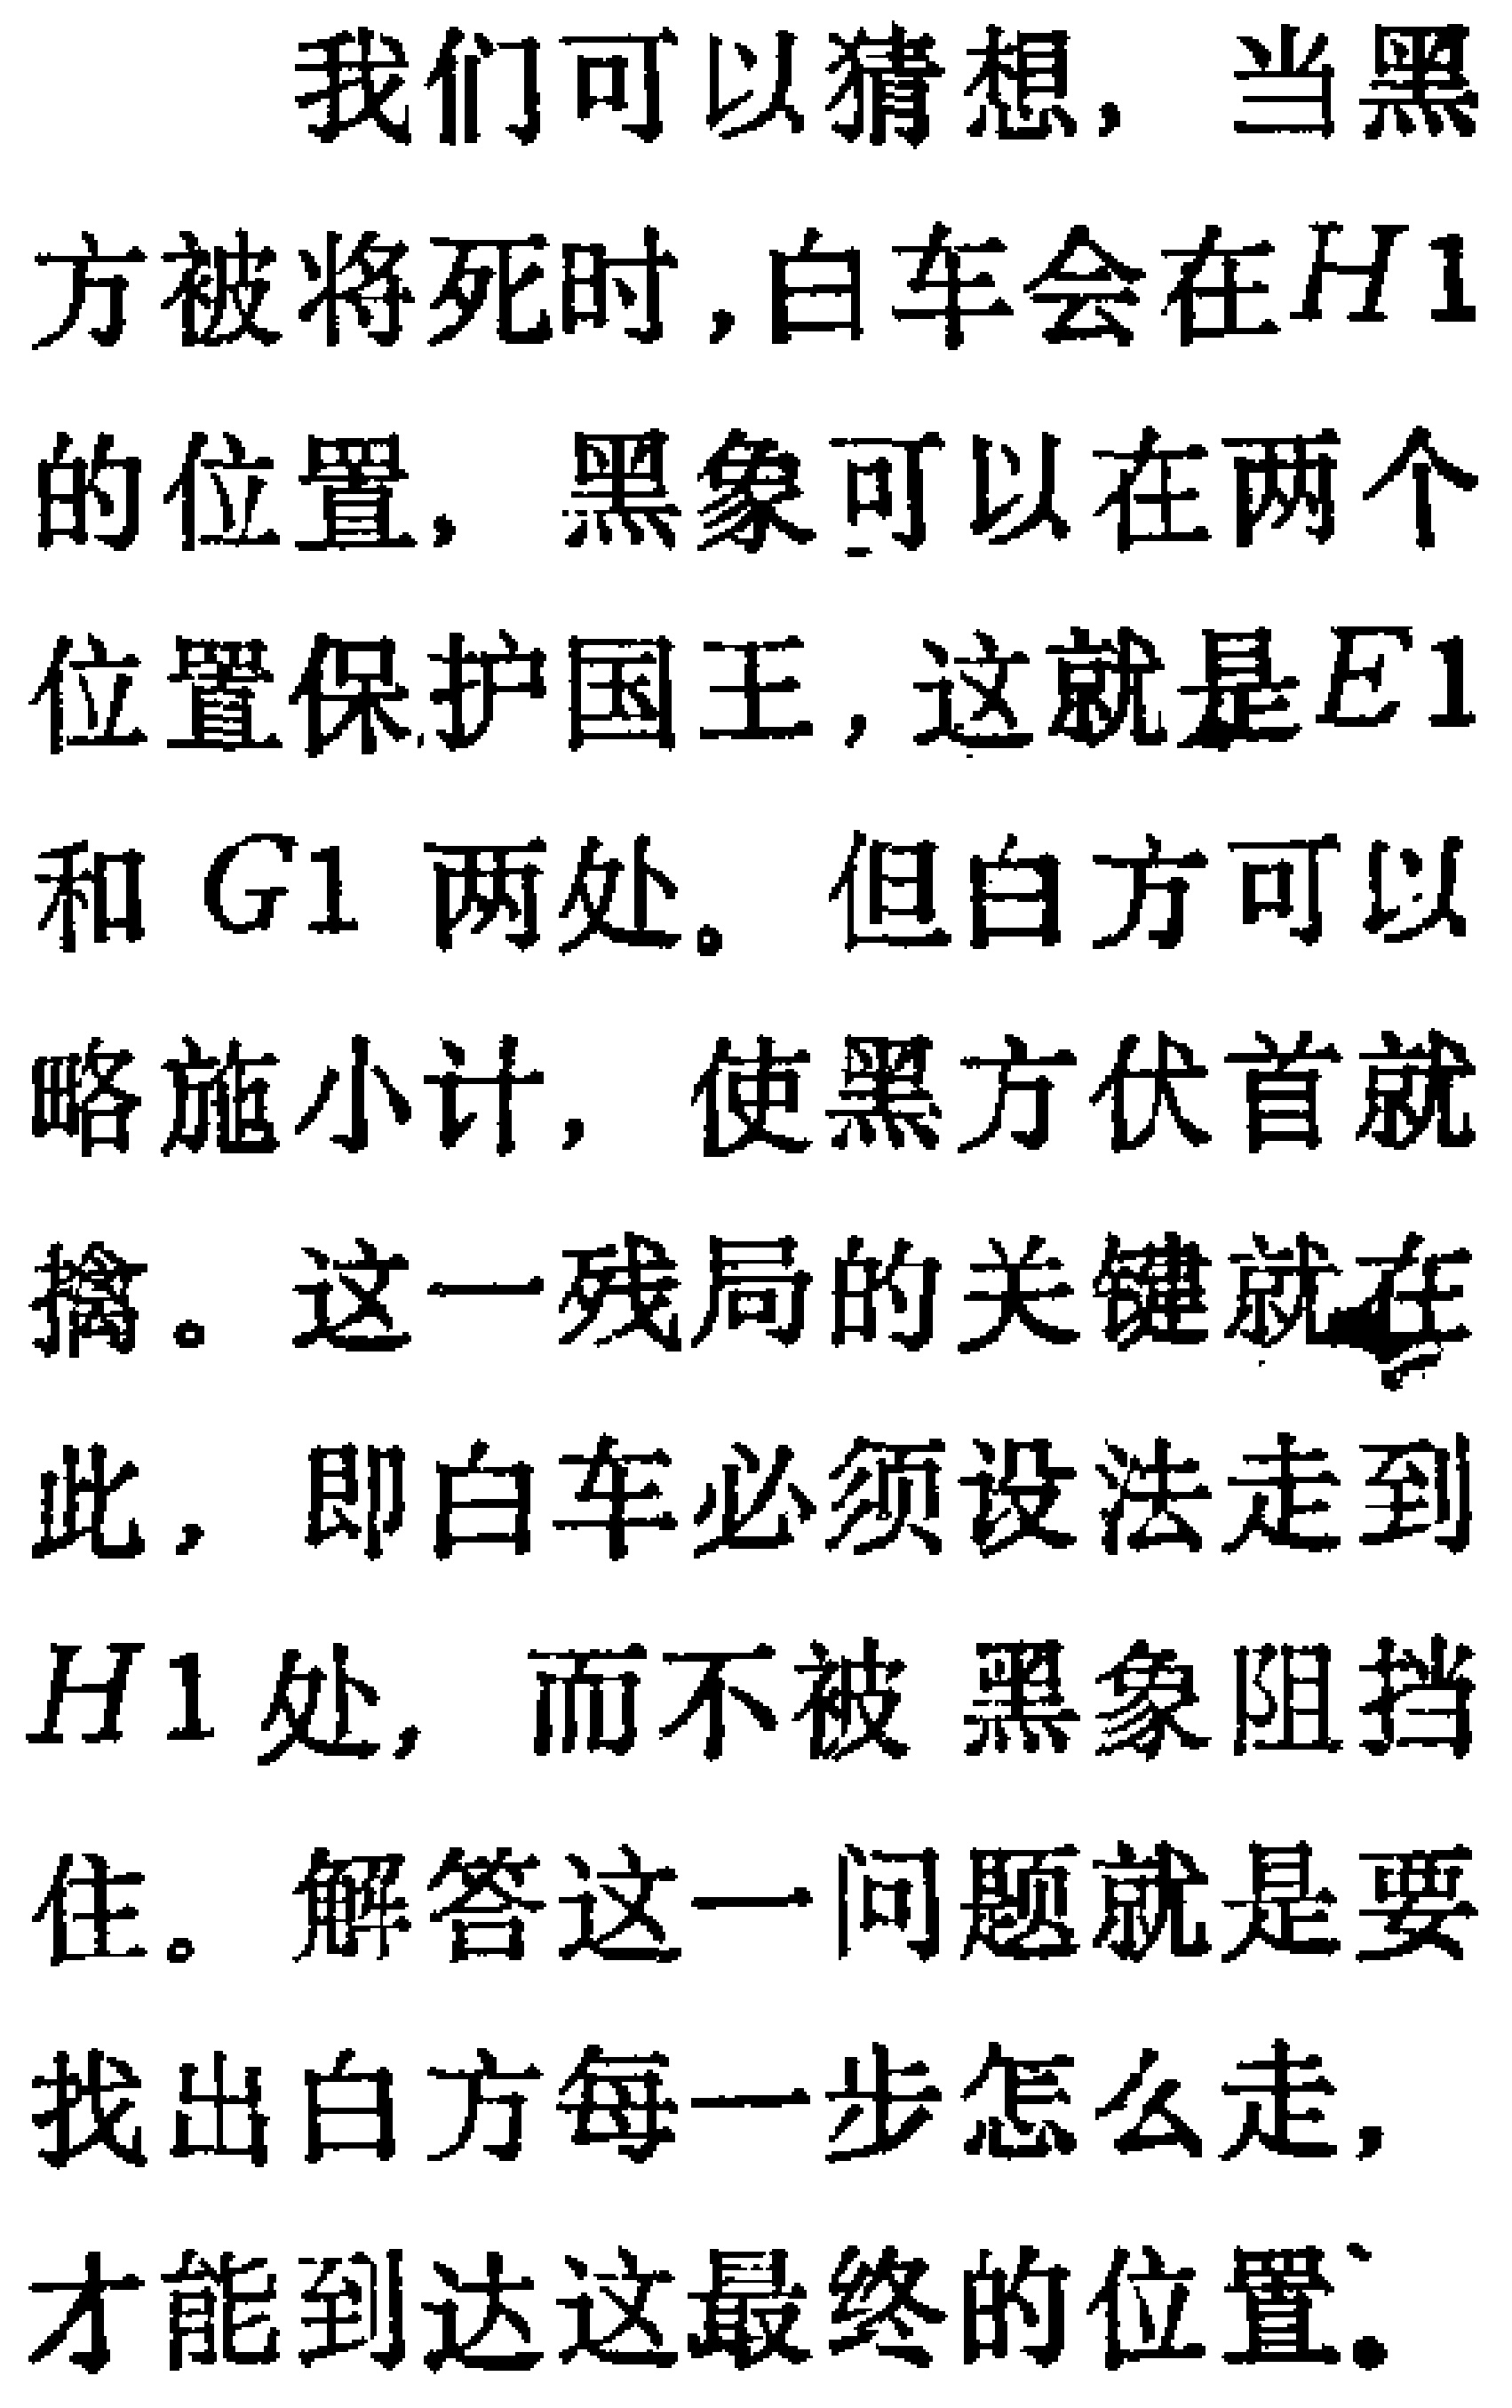
我们可以猜想，当黑方被将死时,白车会在\(H1\)的位置，黑象可以在两个位置保护国王, 这就是\(E1\)和 \(G1\) 两处。但白方可以略施小计, 使黑方伏首就擒。这一残局的关键就在此，即白车必须设法走到\(H1\)处, 而不被 黑象阻挡住。解答这一问题就是要找出白方每一步怎么走, 才能到达这最终的位置。